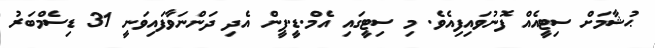
ޙުޝާމަށް ސިޓީއެއް ފޮނުވައިފިއެވެ. މި ސިޓީގައި އެމް.ޑީ.ޕީން އެދި ދަންނަވާފައިވަނީ 31 ޑިސެމްބަރު